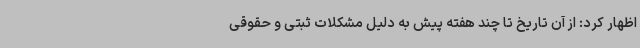
اظهار کرد: از آن تاریخ تا چند هفته پیش به دلیل مشکلات ثبتی و حقوقی